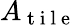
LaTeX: A_{\mathrm{~t~i~l~e~}}